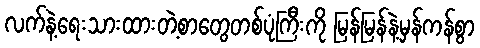
လက်နဲ့ရေးသားထားတဲ့စာတွေတစ်ပုံကြီးကို မြန်မြန်နဲ့မှန်ကန်စွာ